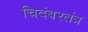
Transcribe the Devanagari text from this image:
चिदंबरतंत्र